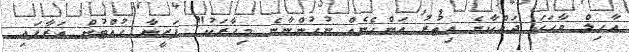
އާހިލް ވާހަކަ ދައްކާނެ އިތުރު އަންހެނެއް ނުހުންނާނެ މިހާރަކު" ފަޒީނާ ހުއްޓުން އަރާފައި